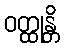
ဝတ္ထုန္တိ